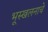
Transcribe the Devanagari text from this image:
भूस्खलनाचे